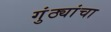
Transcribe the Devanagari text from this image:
गुंठ्यांचा